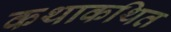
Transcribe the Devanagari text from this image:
कथाकथित